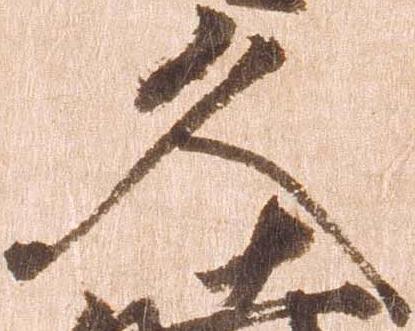
久